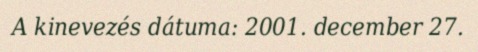
A kinevezés dátuma: 2001. december 27.